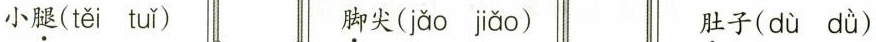
小\underset{·}{腿}( těi tuǐ ) \underset{·}{脚}尖( jǎo jǎo ) \underset{·}{肚}子( dù dù )